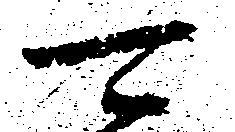
可